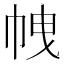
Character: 𢂝